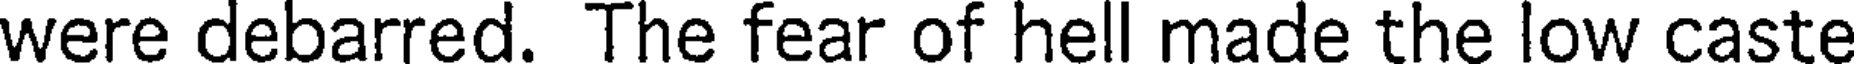
were debarred. The fear of hell made the low caste